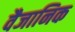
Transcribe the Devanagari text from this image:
वैजानिक